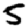
Digit: 5